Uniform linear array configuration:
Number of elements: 24
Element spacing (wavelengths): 0.5
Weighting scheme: hann
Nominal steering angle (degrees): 30
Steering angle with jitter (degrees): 31.472
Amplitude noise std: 0.05
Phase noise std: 0.05

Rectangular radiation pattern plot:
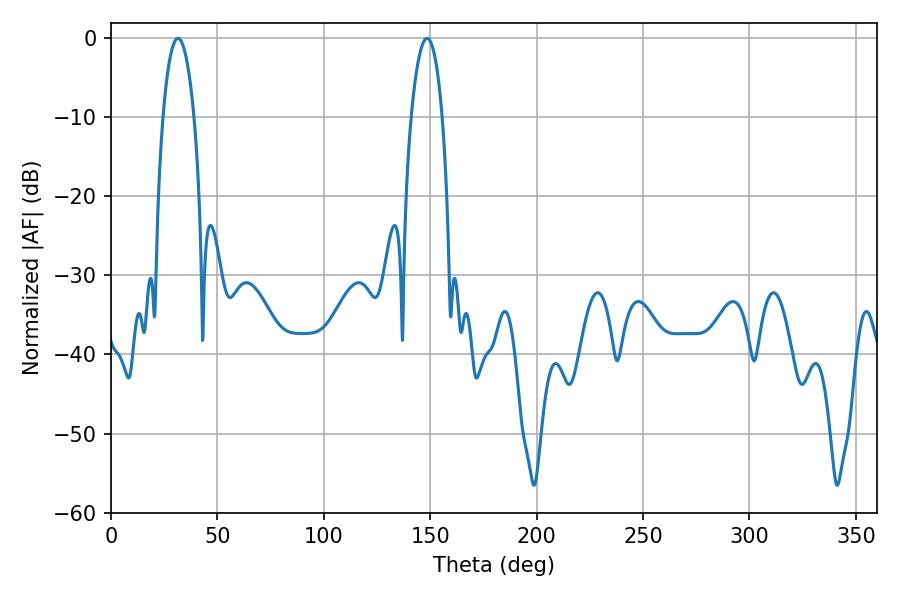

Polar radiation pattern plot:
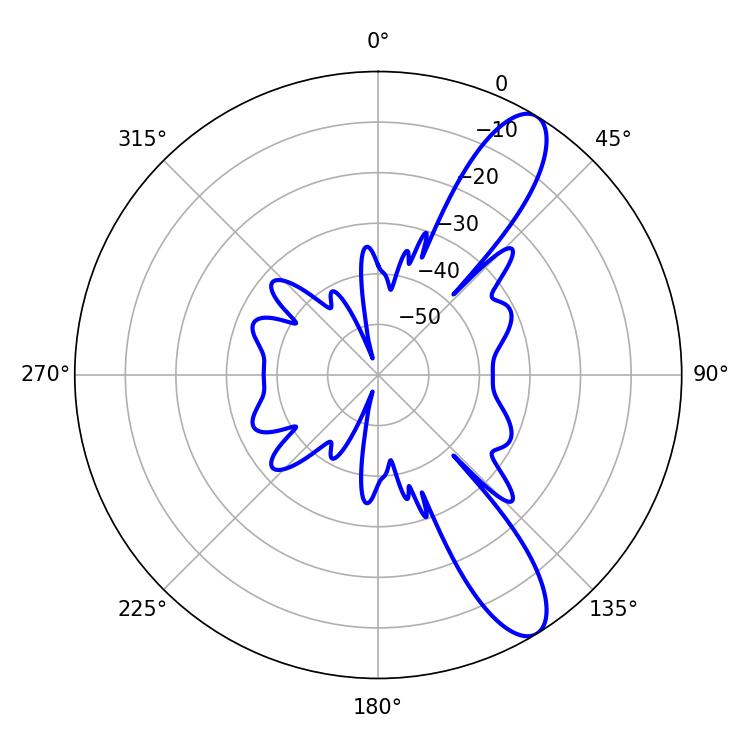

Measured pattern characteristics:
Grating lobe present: FALSE
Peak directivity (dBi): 10.984
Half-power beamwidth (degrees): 8.1
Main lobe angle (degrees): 31.5